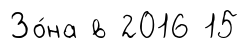
Зо́на в 2016 15